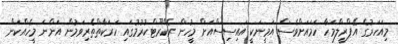
މިއަހަރުގެ އޭޕްރީލްމަހާ ހަމައަށްވެސް އަމީނަކީ އައިސިސްއަށް މީހުން ރެކްރޫޓްކުރުމުގައި ހަރަކާތްތެރިވަމުން އަންނަ މީހެއްކަން